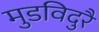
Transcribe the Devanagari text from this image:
मुडविदुरै